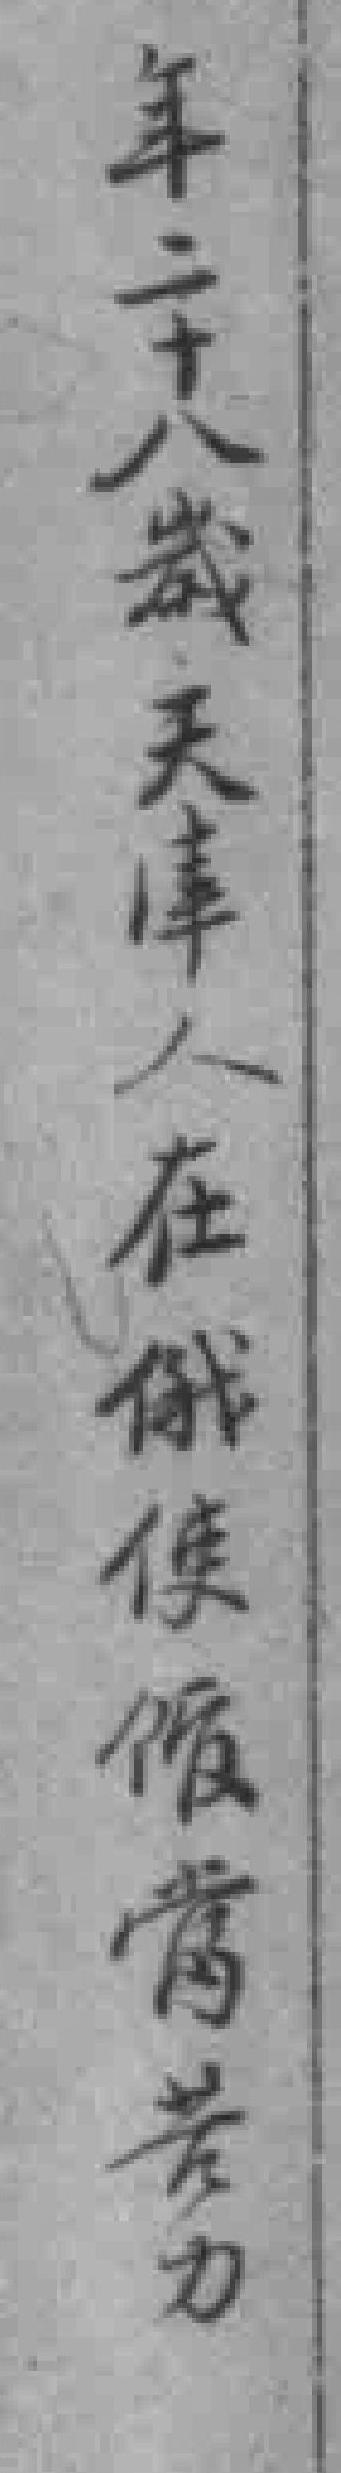
年二十八歲天津人在俄使馆當苦力